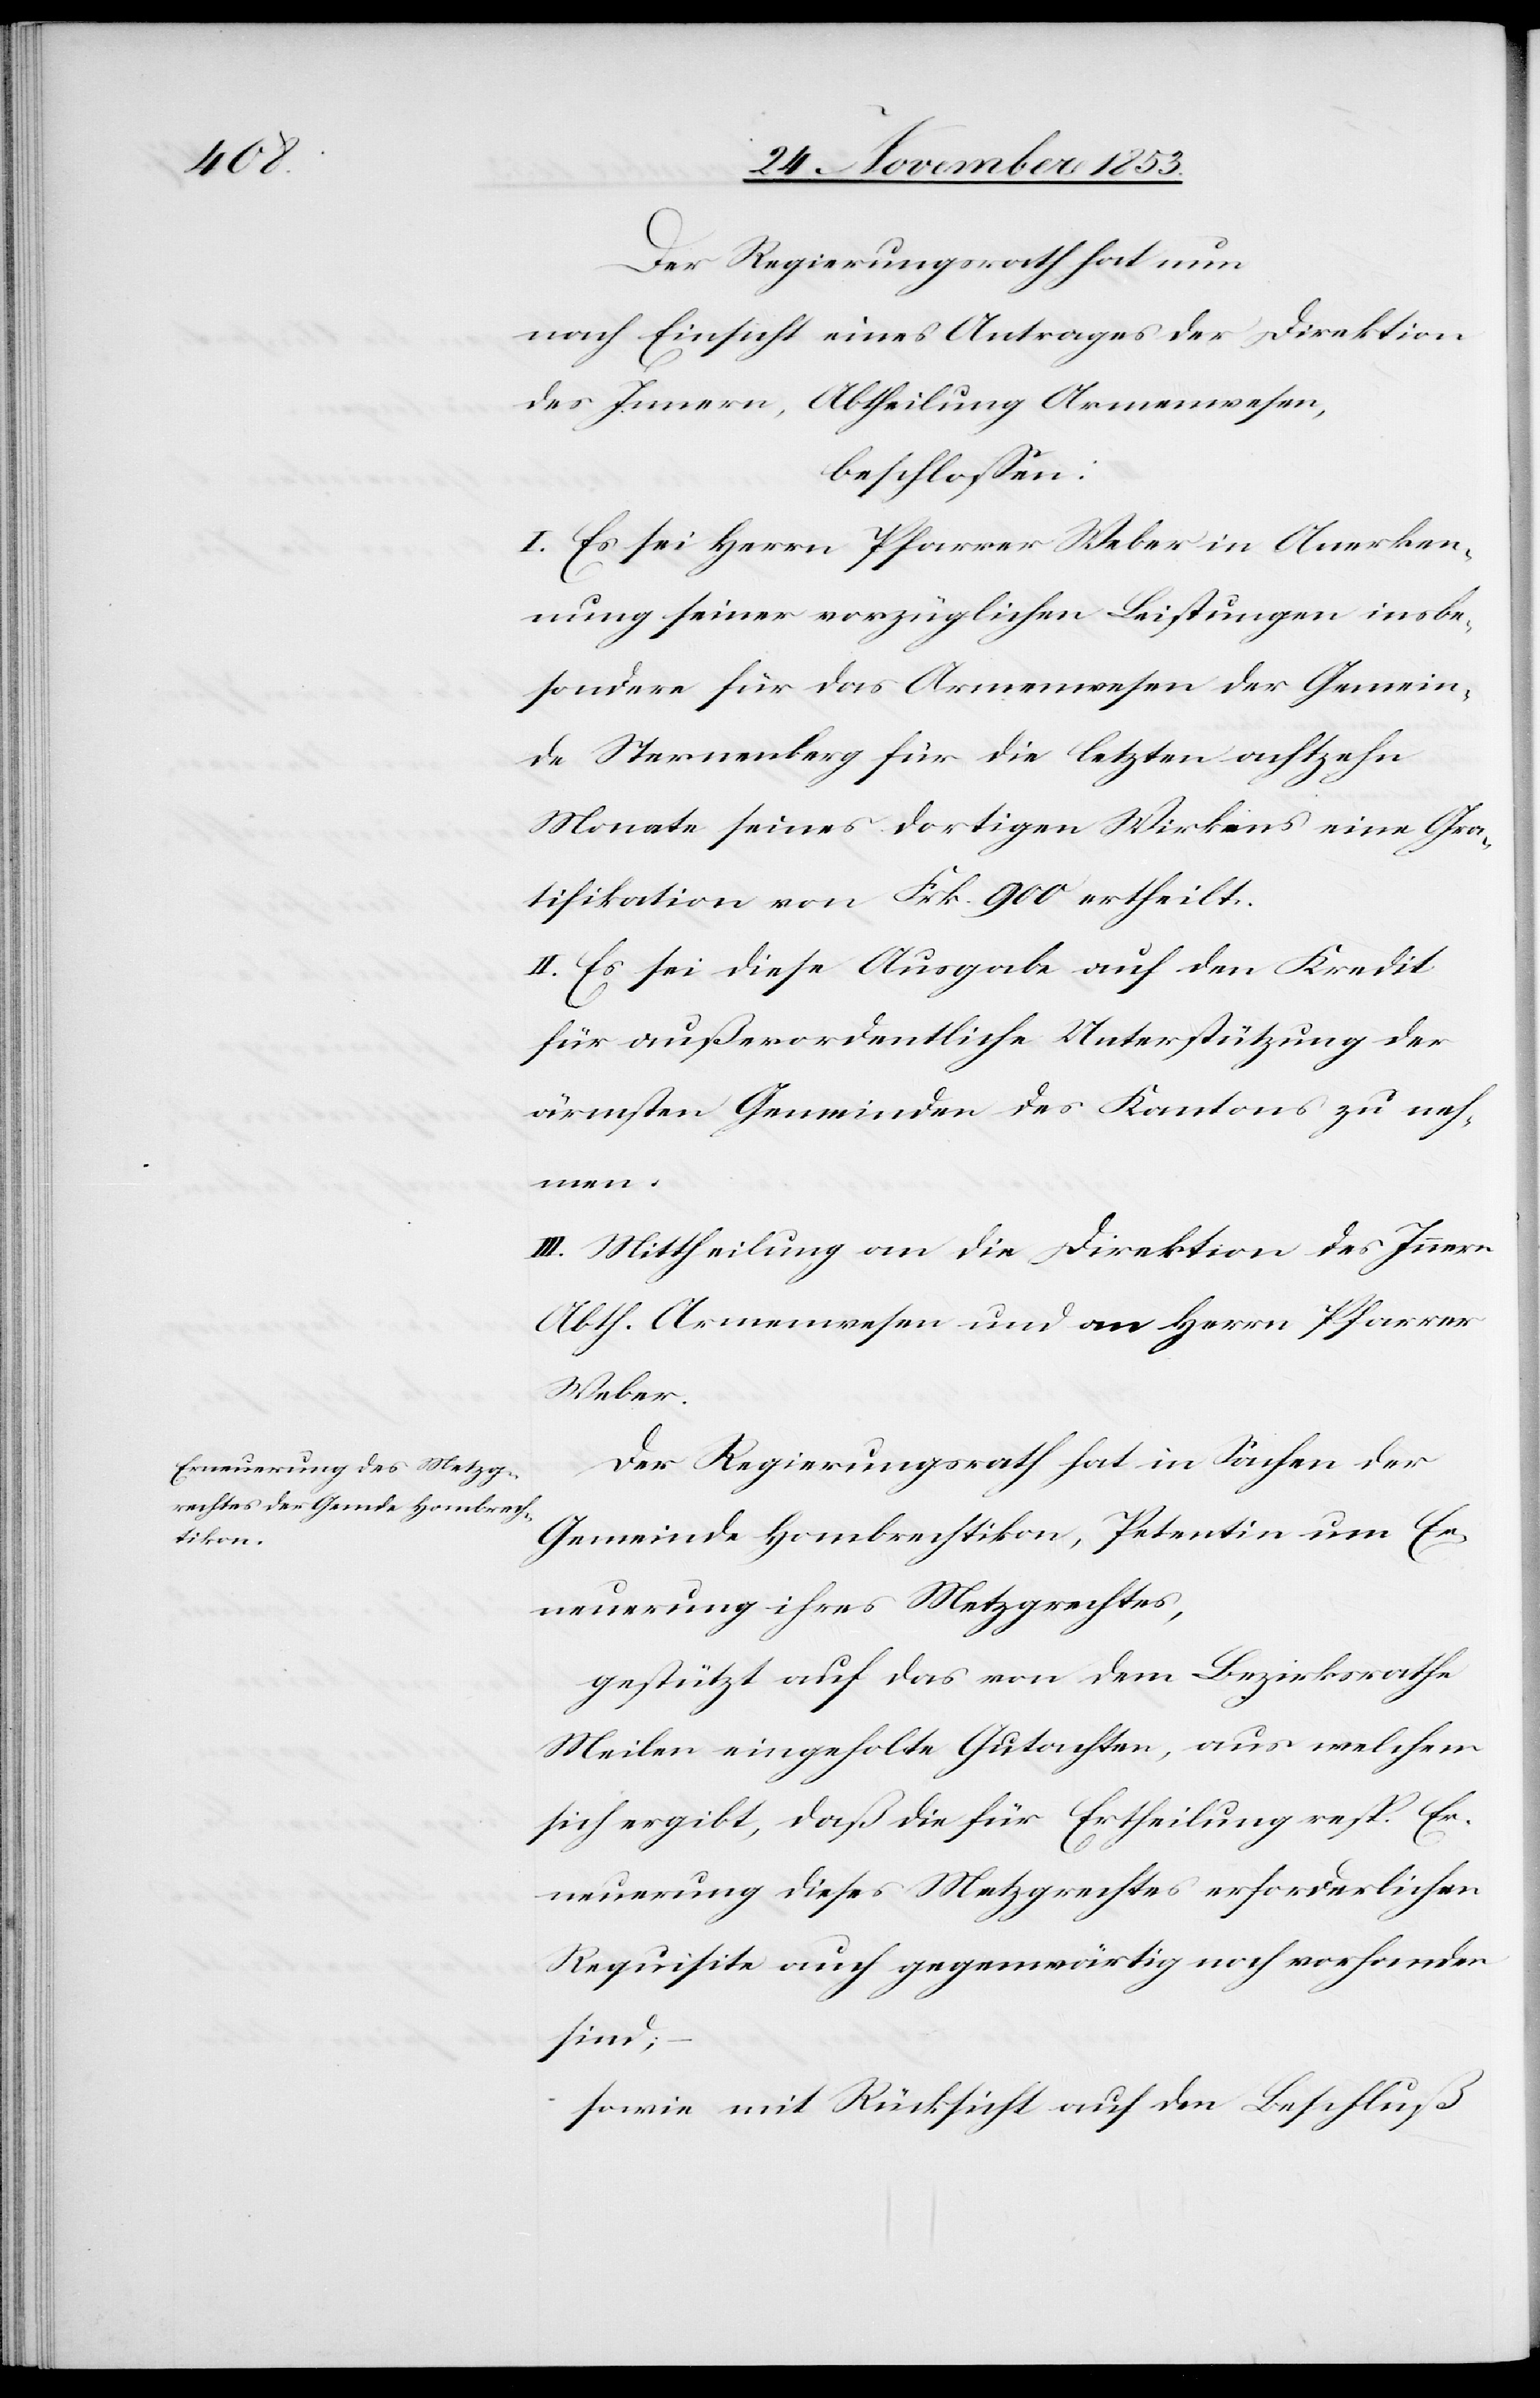
Der Regierungsrath hat nun
nach Einsicht eines Antrages der Direktion
beschloßen:
I. Es sei Herrn Pfarrer Weber in Anerken¬
nung seiner vorzüglichen Leistungen insbe¬
sondere für das Armenwesen der Gemein¬
de Sternenberg für die letzten achtzehn
Monate seines dortigen Wirkens eine Gra¬
tifikation von Frk. 900 ertheilt.
II. Es sei diese Ausgabe auf den Kredit
für außerordentliche Unterstützung der
ärmsten Gemeinden des Kantons zu neh¬
men.
III. Mittheilung an die Direktion des Innern
Abth. Armenwesen und an Herrn Pfarrer
Weber.
Der Regierungsrath hat in Sachen der
Gemeinde Hombrechtikon, Petentin um Er¬
neuerung ihres Metzgrechtes,
gestützt auf das von dem Bezirksrathe
Meilen eingeholte Gutachten, aus welchem
sich ergibt, daß die für Ertheilung resp. Er¬
neuerung dieses Metzgrechtes erforderlichen
Requisite auch gegenwärtig noch vorhanden
sind;
sowie mit Rücksicht auf den Beschluß